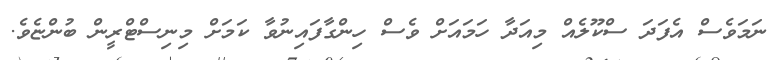
ނަމަވެސް އެފަދަ ސްކޫލެއް މިއަދާ ހަމައަށް ވެސް ހިންގާފައިނުވާ ކަމަށް މިނިސްޓްރީން ބުންޏެވެ.